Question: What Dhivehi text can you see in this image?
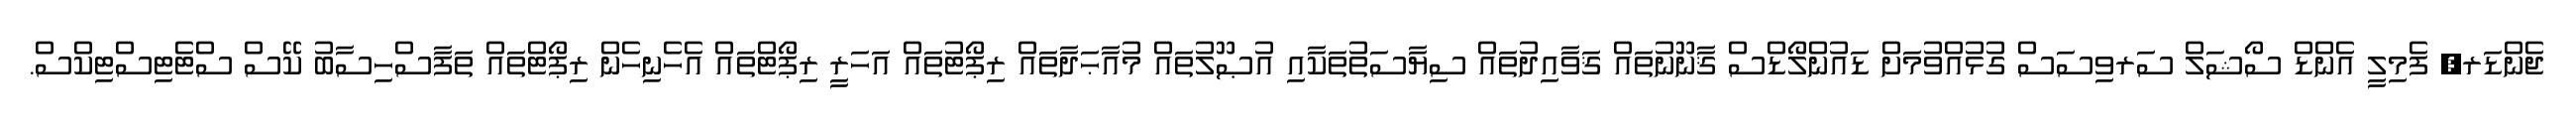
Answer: ޖެންޑަރ, ފެމިލީ އެންޑް ސޯޝަލް ސަރވިސަސް ގުޅުއްވުމަށް ޑައުންލޯޑްސް ޤާނޫނުތައް ޤަވާއިދުތައް ސިޔާސަތުތަކާއި އުޞޫލުތައް މުއާޙަދާތައް ރިޕޯޓުތައް އަހަރީ ރިޕޯޓްތައް އެހެނިހެން ރިޕޯޓްތައް ތަފާސްހިސާބު ކޭސް ސްޓެޓިސްޓިކްސް.